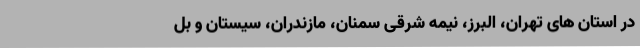
در استان های تهران، البرز، نیمه شرقی سمنان، مازندران، سیستان و بل